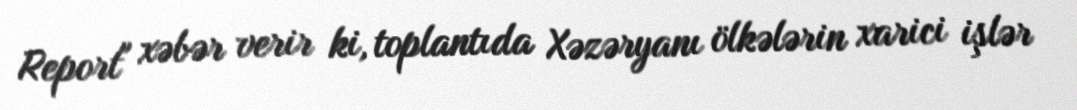
Report" xəbər verir ki, toplantıda Xəzəryanı ölkələrin xarici işlər